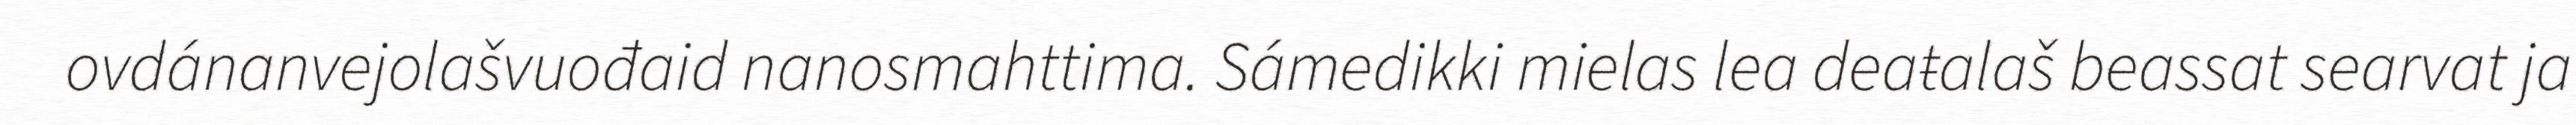
ovdánanvejolašvuođaid nanosmahttima. Sámedikki mielas lea deaŧalaš beassat searvat ja